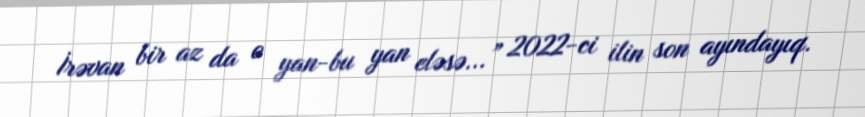
İrəvan bir az da o yan-bu yan eləsə...” 2022-ci ilin son ayındayıq.